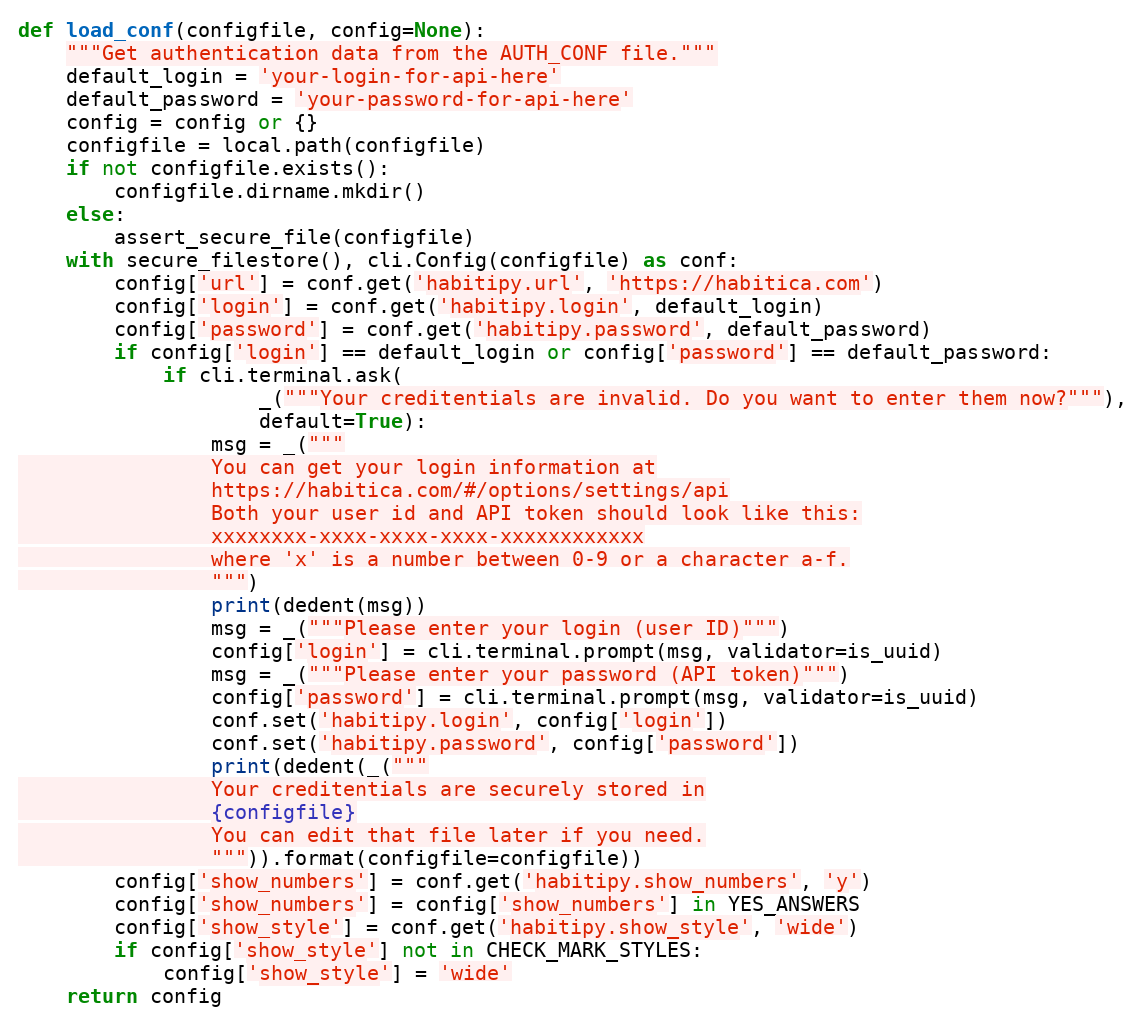
Language: Python
def load_conf(configfile, config=None):
    """Get authentication data from the AUTH_CONF file."""
    default_login = 'your-login-for-api-here'
    default_password = 'your-password-for-api-here'
    config = config or {}
    configfile = local.path(configfile)
    if not configfile.exists():
        configfile.dirname.mkdir()
    else:
        assert_secure_file(configfile)
    with secure_filestore(), cli.Config(configfile) as conf:
        config['url'] = conf.get('habitipy.url', 'https://habitica.com')
        config['login'] = conf.get('habitipy.login', default_login)
        config['password'] = conf.get('habitipy.password', default_password)
        if config['login'] == default_login or config['password'] == default_password:
            if cli.terminal.ask(
                    _("""Your creditentials are invalid. Do you want to enter them now?"""),
                    default=True):
                msg = _("""
                You can get your login information at
                https://habitica.com/#/options/settings/api
                Both your user id and API token should look like this:
                xxxxxxxx-xxxx-xxxx-xxxx-xxxxxxxxxxxx
                where 'x' is a number between 0-9 or a character a-f.
                """)
                print(dedent(msg))
                msg = _("""Please enter your login (user ID)""")
                config['login'] = cli.terminal.prompt(msg, validator=is_uuid)
                msg = _("""Please enter your password (API token)""")
                config['password'] = cli.terminal.prompt(msg, validator=is_uuid)
                conf.set('habitipy.login', config['login'])
                conf.set('habitipy.password', config['password'])
                print(dedent(_("""
                Your creditentials are securely stored in
                {configfile}
                You can edit that file later if you need.
                """)).format(configfile=configfile))
        config['show_numbers'] = conf.get('habitipy.show_numbers', 'y')
        config['show_numbers'] = config['show_numbers'] in YES_ANSWERS
        config['show_style'] = conf.get('habitipy.show_style', 'wide')
        if config['show_style'] not in CHECK_MARK_STYLES:
            config['show_style'] = 'wide'
    return config